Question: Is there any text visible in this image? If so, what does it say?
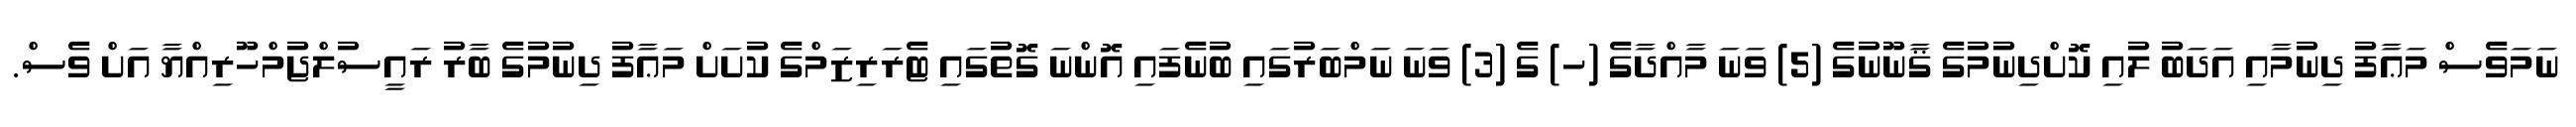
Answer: ނަމަވެސް މަޢާފު ދިނުމާއި އަދަބު ލުއި ކޮށްދިނުމުގެ ޤާނޫނުގެ (5) ވަނަ މާއްދާގެ (ހ) ގެ (3) ވަނަ ނަމްބަރުގައި ބުނެފައި އޮންނަ ގޮތުގައި ޓެރަރިޒަމްގެ ކުށަށް މަޢާފު ދިނުމުގެ ބާރު ރައީސުލްޖުމްހޫރިއްޔާ އަށް ވެސް.